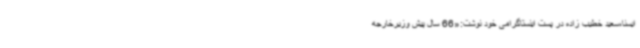
ایسنا،سعید خطیب زاده در پست اینستاگرامی خود نوشت:«66 سال پیش وزیرخارجه